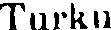
Turku